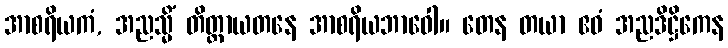
အာစရိယကံ, အညသ္မိံ တိတ္ထာယတနေ အာစရိယဘာဝေါ။ တေန တယာ ဧဝံ အညဒိဋ္ဌိကေန